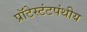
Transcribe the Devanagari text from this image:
प्रॉटेस्टंटपंथीय